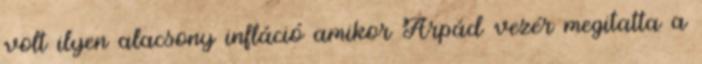
volt ilyen alacsony infláció amikor Árpád vezér megitatta a